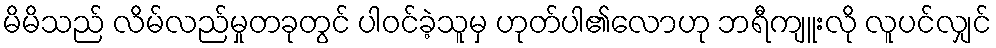
မိမိသည် လိမ်လည်မှုတခုတွင် ပါဝင်ခဲ့သူမှ ဟုတ်ပါ၏လောဟု ဘရီကျူးလို လူပင်လျှင်